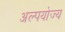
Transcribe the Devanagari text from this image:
अल्पयोज्य